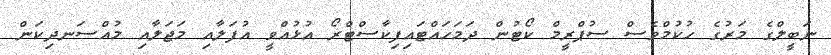
ނަބީލްގެ މަރުގެ ހުކުމްވެސް ސުޕްރީމް ކޯޓުން ދަމަހައްޓައިފިކާސްޓްރޯ އުޅުއްވީ އުފަލާއި މަޖަލާއި މުއްސަނދިކަން